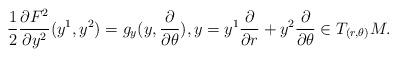
LaTeX: \begin{align*}\frac{1}{2}\frac{\partial F^2}{\partial y^2}(y^1,y^2)=g_y(y,\frac{\partial}{\partial \theta}), y=y^1\frac{\partial}{\partial r}+y^2\frac{\partial}{\partial \theta}\in T_{(r,\theta)}M.\end{align*}